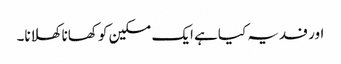
اور فدیہ کیاہے ایک مسکین کو کھانا کھلانا۔